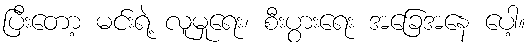
ပြီးတော့ မင်းရဲ့ လူမှုရေး၊ စီးပွားရေး အခြေအနေ ပေါ့။